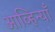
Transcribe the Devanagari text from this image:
आव्हिन्याँ